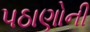
પઠાણોની